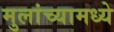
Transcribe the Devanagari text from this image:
मुलांच्यामध्ये